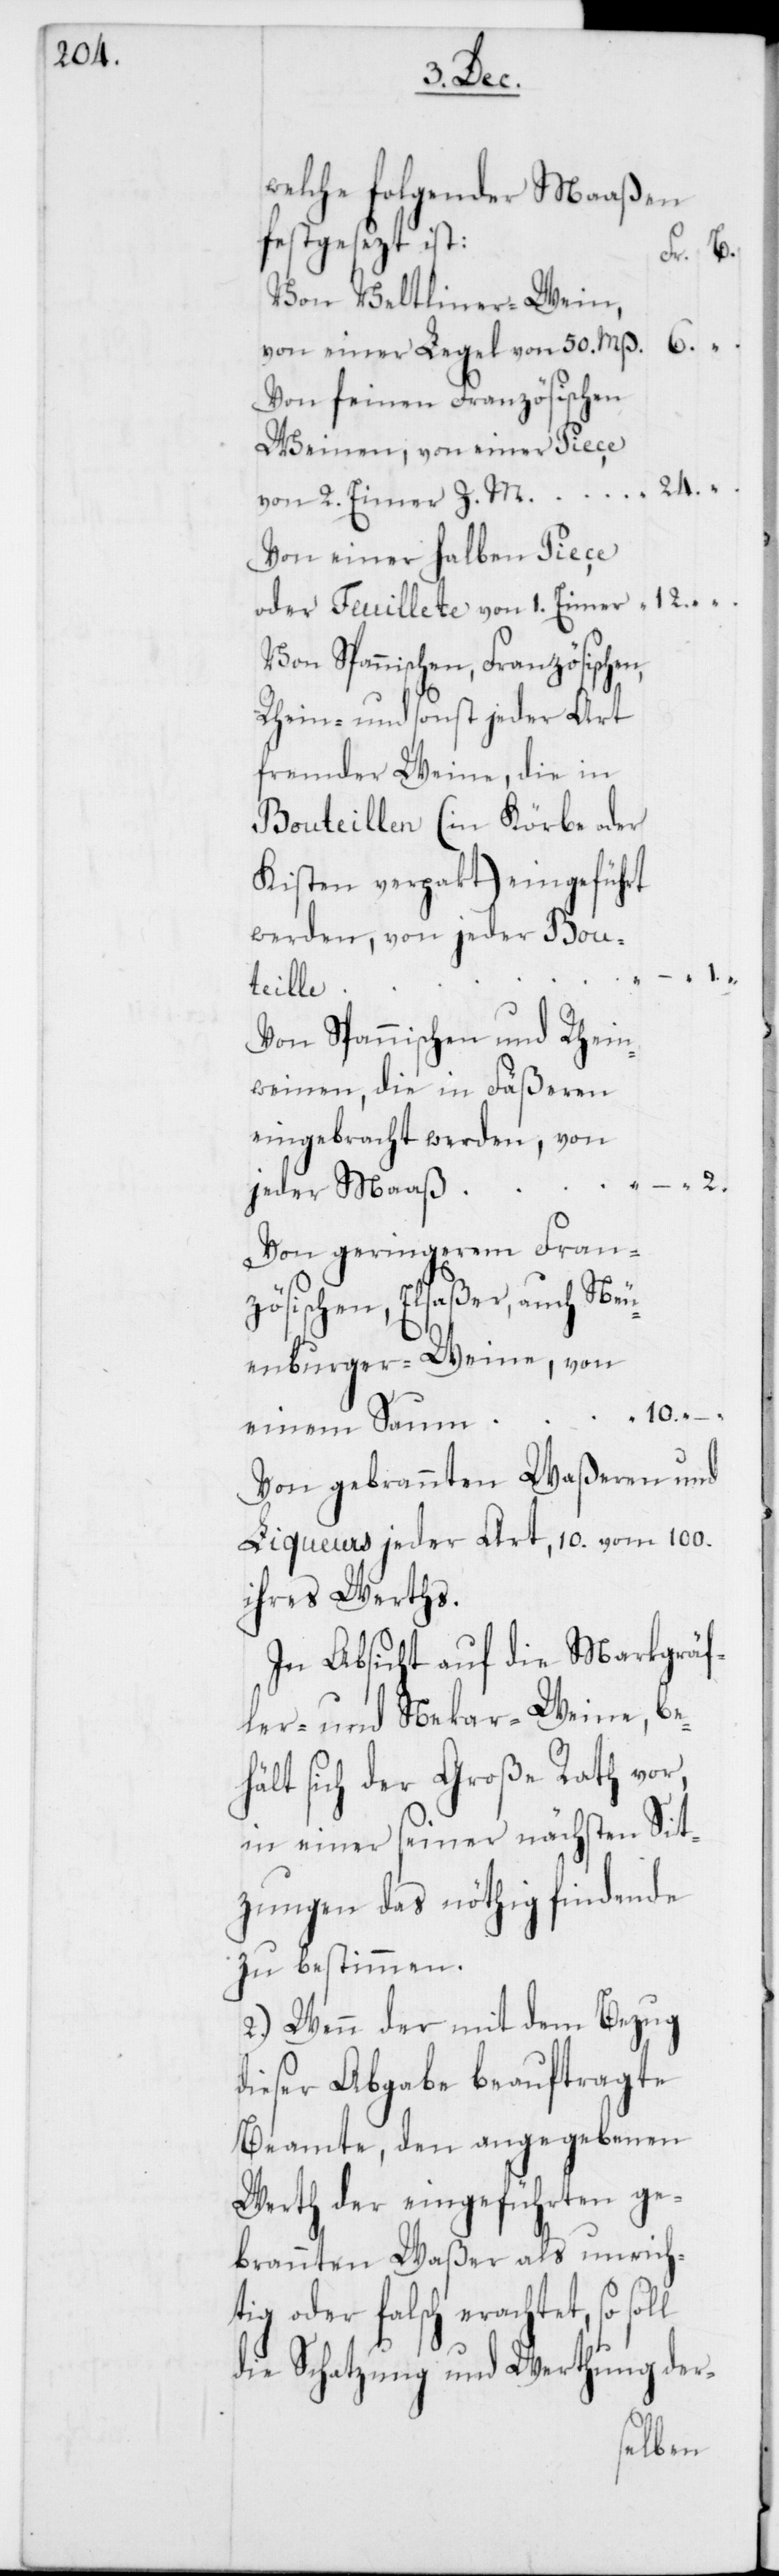
welche folgendermaßen
festgesezt ist:
6.
Fr.
Von Veltliner-Wein,
von einer Legel von 50. Mß.
Von feinen Französischen
Weinen, von einer Piece
von 2. Eimer Z. M.
Von einer halben Piece
oder Feuillete von 1. Eimer
Von Spannischen, Französischen,
Rhein- und sonst jeder Art
fremder Weine, die in
Bouteillen (in Körbe oder
Kisten verpakt) eingeführt
werden, von jeder Bou¬
teille
Von Spannischen und Rhei¬
nweinen, die in Fäßeren
eingebracht werden, von
24.
jeder Maaß
Von geringerem Franzö¬
sischen, Elsaßer-, auch Ne¬
uenburger-Weine, von
10.
einem Saum
Von gebrannten Waßeren und
Liqueurs jeder Art, 10. vom 100.
ihres Werths.
In Absicht auf die Markgräf¬
ler- und Nekar-Weine, be¬
hält sich der Große Rath vor,
Sit¬
in einer seiner nächsten
zungen das nöthig Findende
zu bestimmen.
2.) Wenn der mit dem Bezug
dieser Abgabe beauftragte
Beamte, den angegebenen
Werth der eingeführten ge¬
brannten Waßer als unrich¬
tig oder falsch erachtet, so
die Schatzung und Werthung der-

2.